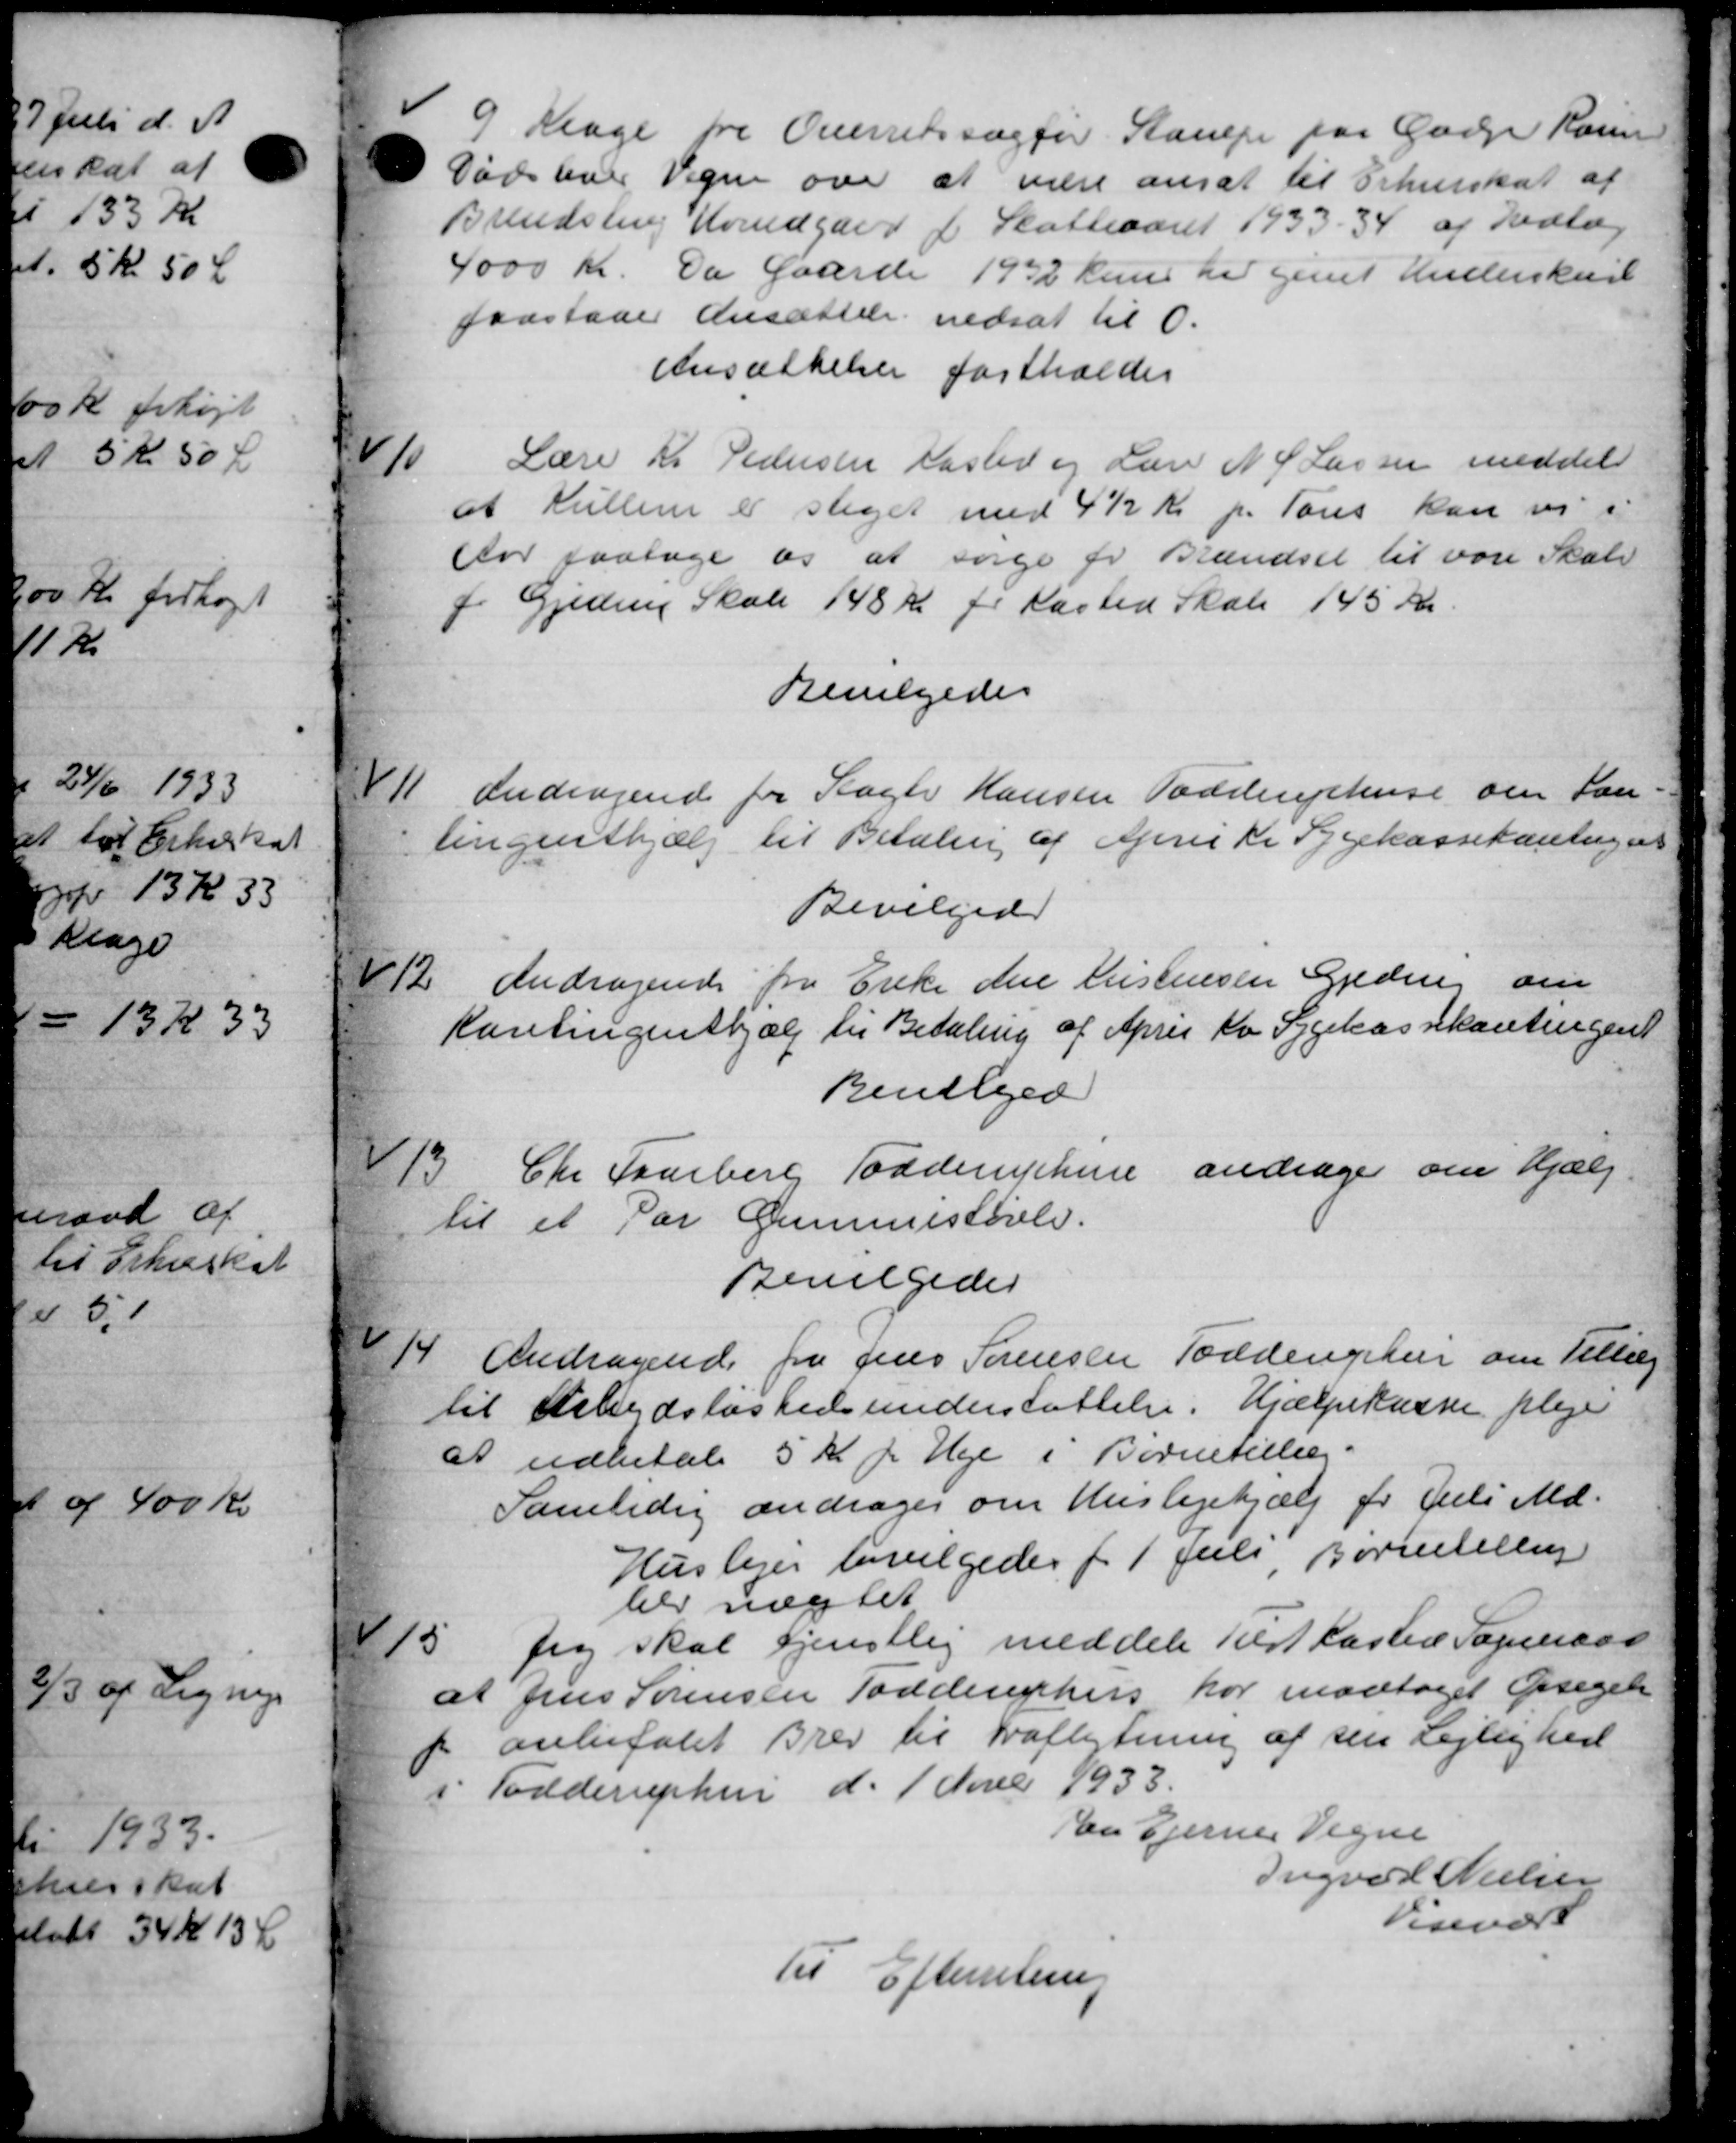
Transskription:
9
Klage fra Overretssagfør Stampe paa Gadejer Rosen
Dødshver Vegne over at være ansat til Erhverskat af
Brendsting Hoindgaard f. Skatteaaret 1933 – 34 af Vedlæg
4000 Kr. Da Gaarde 1932 kun har givet Underskriv
faastaaer Ansættelse nedsat til O.
Ansættelser fastholdes
10
Lærer Kr. Pedersen Kasted og Lærer N. P Lassen meddel
at Kullen er steget med 4½ Kr pr Tons kan var i
Aar paatage os at sørge fr Brændsel til være Skate
f. Gjedens Skole 148 Kr pr Kasted Skole 145 Kr.
Bevilgedes
11.
Andragende for Kager Hansen Todstruphuse om San -
lingenthjælp til Betaling af April til Sygekassekontingent
Bevilgede
fra Enke Ane Kristensen Gjeding om
12.
Andragende
Kontingenthjælp til Betaling af April to Sygekassekontingent
Bevilged
13
Chr. Taarberg Todderuphine andrager om Hjælp
til et Par Gummistøver.
Bevilgedes
14
Andragende fra Jens Sørensen Toddingske om Tillæg
til Arbejdsløshedsunderstøttelse. Hjælpekassen pleje
at udbetale 5 Kr pr Uge i Børnetillæg.
Samtidig andrager om Huslejehjælp for Juli Md.
Huslejer bevilgedes f. 1 Juli, Børnetellig
her nægtet
15
fig skal tjenstlig meddele Tilst Kasted Sogneraad
at Jens Sørensen Todderikkers har modtaget Orsagelse
anbefalet Brev til Fraflytning af sin Lejlighed
i Todderuphus d. 1 Novbr 1933.
En Ejernes Vegne
Ingvard Nielsen
Vinvære
Til Efterretning